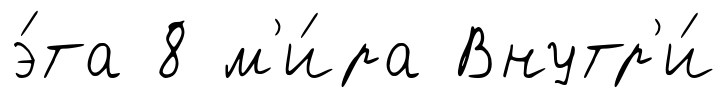
э́та 8 м'и́ра Внутр'и́